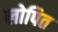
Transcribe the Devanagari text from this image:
लोपित